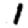
Digit: 1